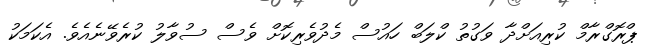
ޕްރޮގްރާމް ކުރިއަށްދާ ވަގުތު ކްލަބް ހައުސް މެދުވެރިކޮށް ވެސް ސުވާލު ކުރެވޭނެއެވެ. އެކަމަކު